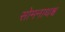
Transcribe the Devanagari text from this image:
सोमनाथश्च